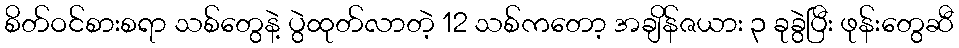
စိတ်ဝင်စားစရာ သစ်တွေနဲ့ ပွဲထုတ်လာတဲ့ 12 သစ်ကတော့ အချိန်ဇယား ၃ ခုခွဲပြီး ဖုန်းတွေဆီ